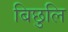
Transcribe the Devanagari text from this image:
बिछुलि